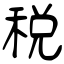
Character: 稅